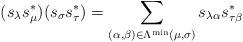
LaTeX: \begin{align*}(s_\lambda s_\mu^*)(s_\sigma s_\tau^*)=\sum_{(\alpha,\beta)\in\Lambda^{\min}(\mu,\sigma)}s_{\lambda\alpha}s_{\tau\beta}^*\end{align*}